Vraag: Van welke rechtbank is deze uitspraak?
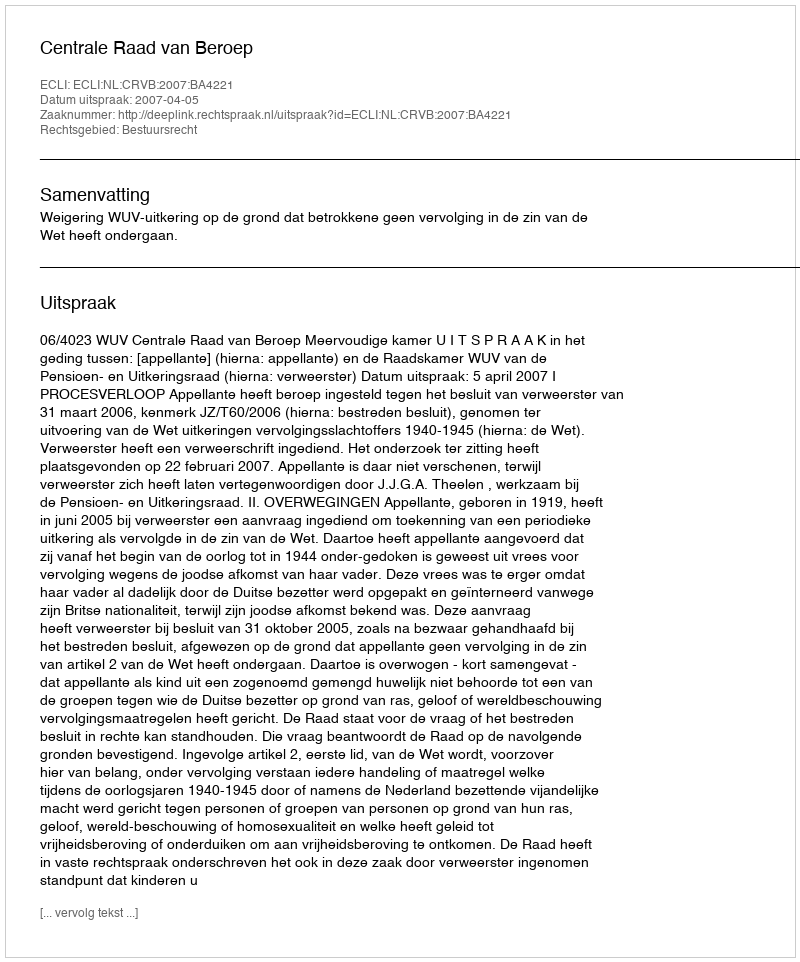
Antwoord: Centrale Raad van Beroep